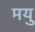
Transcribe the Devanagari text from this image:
मयु